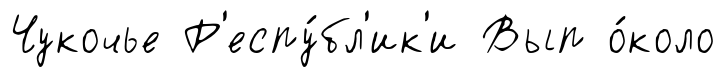
Чукочье Р'еспу́бл'ик'и Вып о́коло